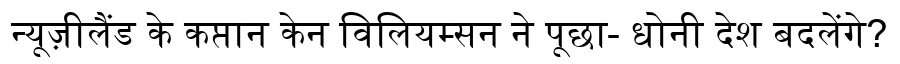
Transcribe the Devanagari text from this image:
न्यूज़ीलैंड के कप्तान केन विलियम्सन ने पूछा- धोनी देश बदलेंगे?